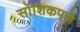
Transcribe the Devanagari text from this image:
सोशिकपणे